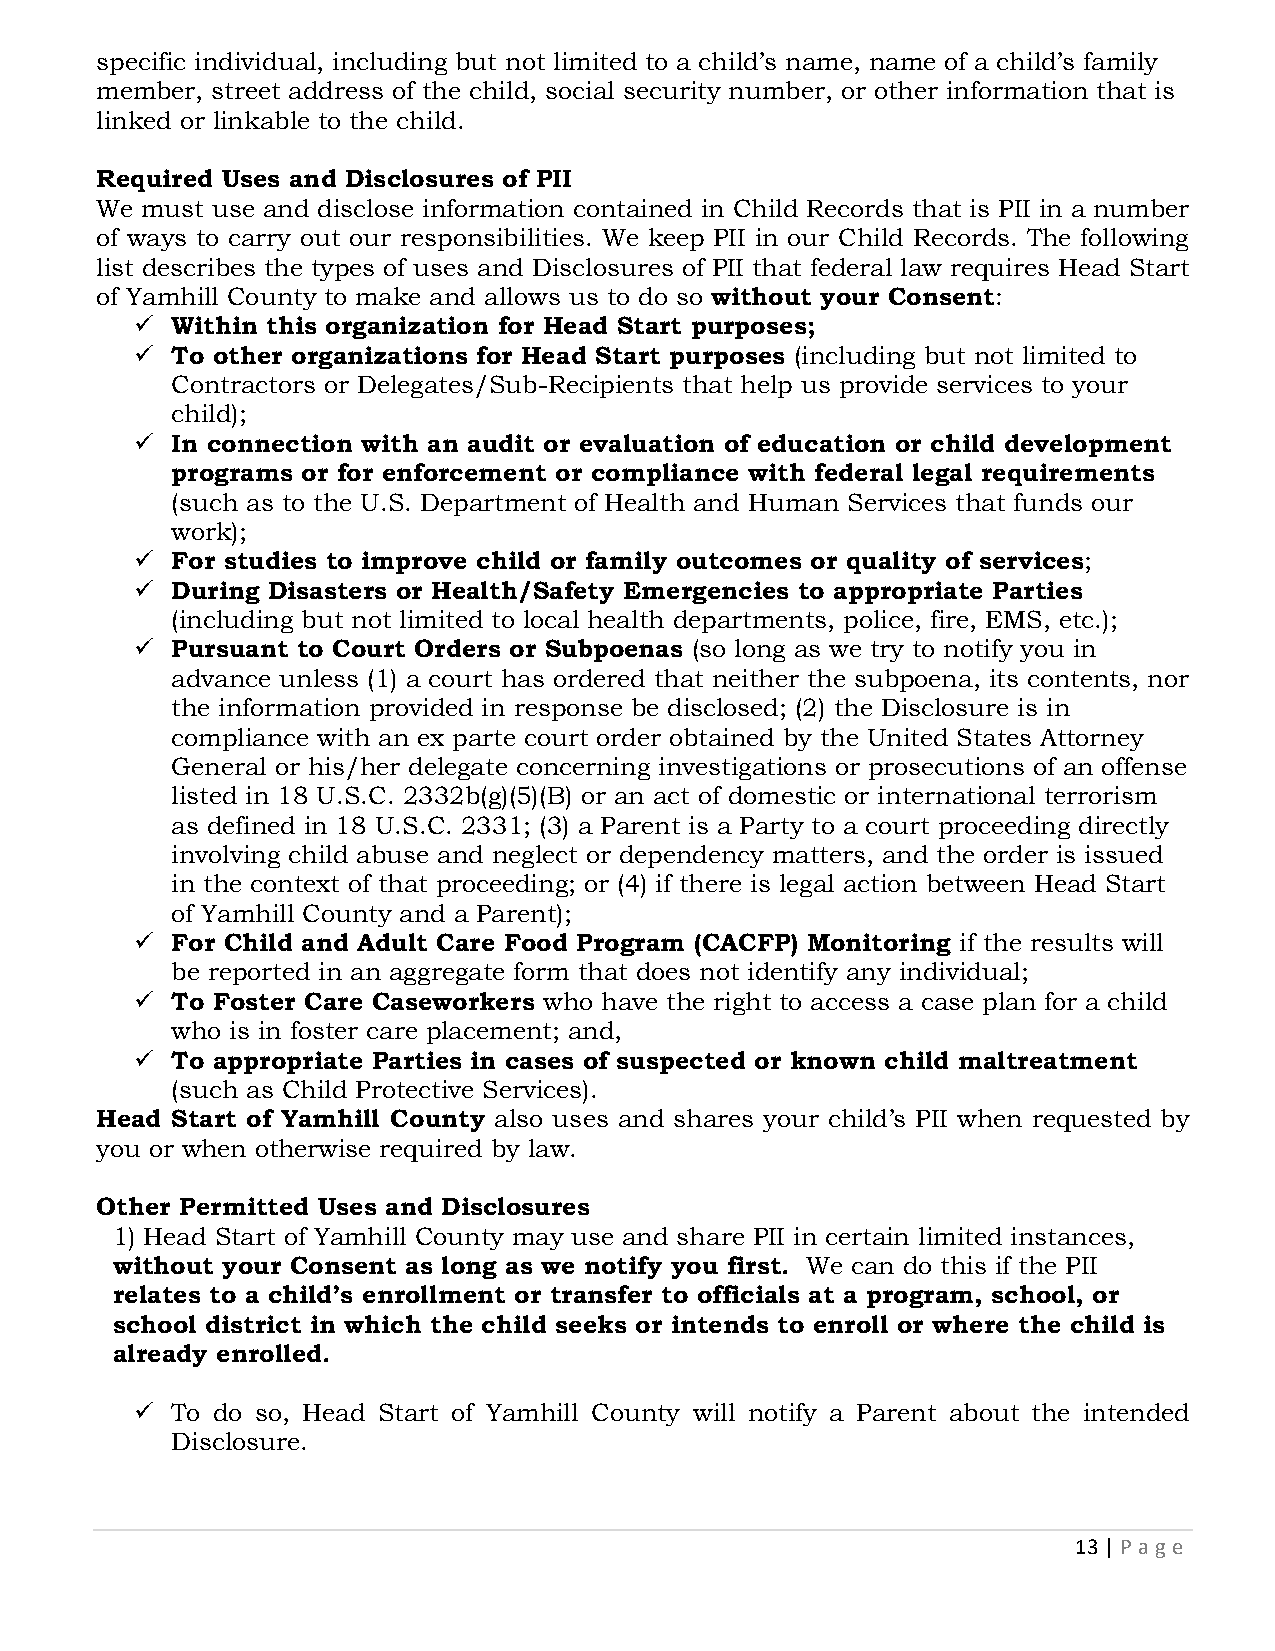
specific individual, including but not limited to a child’s name, name of a child’s family
 member, street address of the child, social security number, or other information that is
 linked or linkable to the child.
 Required Uses and Disclosures of PII
 We must use and disclose information contained in Child Records that is PII in a number
 of ways to carry out our responsibilities. We keep PII in our Child Records. The following
 list describes the types of uses and Disclosures of PII that federal law requires Head Start
 of Yamhill County to make and allows us to do so without your Consent:
 ✓ Within this organization for Head Start purposes;
 ✓ To other organizations for Head Start purposes (including but not limited to
 Contractors or Delegates/Sub-Recipients that help us provide services to your
 child);
 ✓ In connection with an audit or evaluation of education or child development
 programs or for enforcement or compliance with federal legal requirements
 (such as to the U.S. Department of Health and Human Services that funds our
 work);
 ✓ For studies to improve child or family outcomes or quality of services;
 ✓ During Disasters or Health/Safety Emergencies to appropriate Parties
 (including but not limited to local health departments, police, fire, EMS, etc.);
 ✓ Pursuant to Court Orders or Subpoenas (so long as we try to notify you in
 advance unless (1) a court has ordered that neither the subpoena, its contents, nor
 the information provided in response be disclosed; (2) the Disclosure is in
 compliance with an ex parte court order obtained by the United States Attorney
 General or his/her delegate concerning investigations or prosecutions of an offense
 listed in 18 U.S.C. 2332b(g)(5)(B) or an act of domestic or international terrorism
 as defined in 18 U.S.C. 2331; (3) a Parent is a Party to a court proceeding directly
 involving child abuse and neglect or dependency matters, and the order is issued
 in the context of that proceeding; or (4) if there is legal action between Head Start
 of Yamhill County and a Parent);
 ✓ For Child and Adult Care Food Program (CACFP) Monitoring if the results will
 be reported in an aggregate form that does not identify any individual;
 ✓ To Foster Care Caseworkers who have the right to access a case plan for a child
 who is in foster care placement; and,
 ✓ To appropriate Parties in cases of suspected or known child maltreatment
 (such as Child Protective Services).
 Head Start of Yamhill County also uses and shares your child’s PII when requested by
 you or when otherwise required by law.
 Other Permitted Uses and Disclosures
 1) Head Start of Yamhill County may use and share PII in certain limited instances,
 without your Consent as long as we notify you first. We can do this if the PII
 relates to a child’s enrollment or transfer to officials at a program, school, or
 school district in which the child seeks or intends to enroll or where the child is
 already enrolled.
 ✓ To do so, Head Start of Yamhill County will notify a Parent about the intended
 Disclosure.
 13 | P age